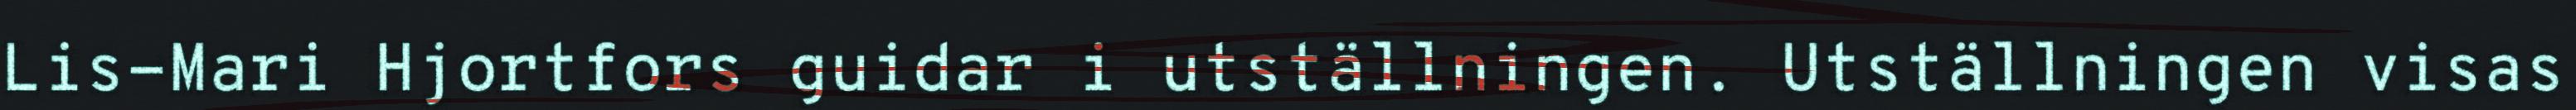
Lis-Mari Hjortfors guidar i utställningen. Utställningen visas